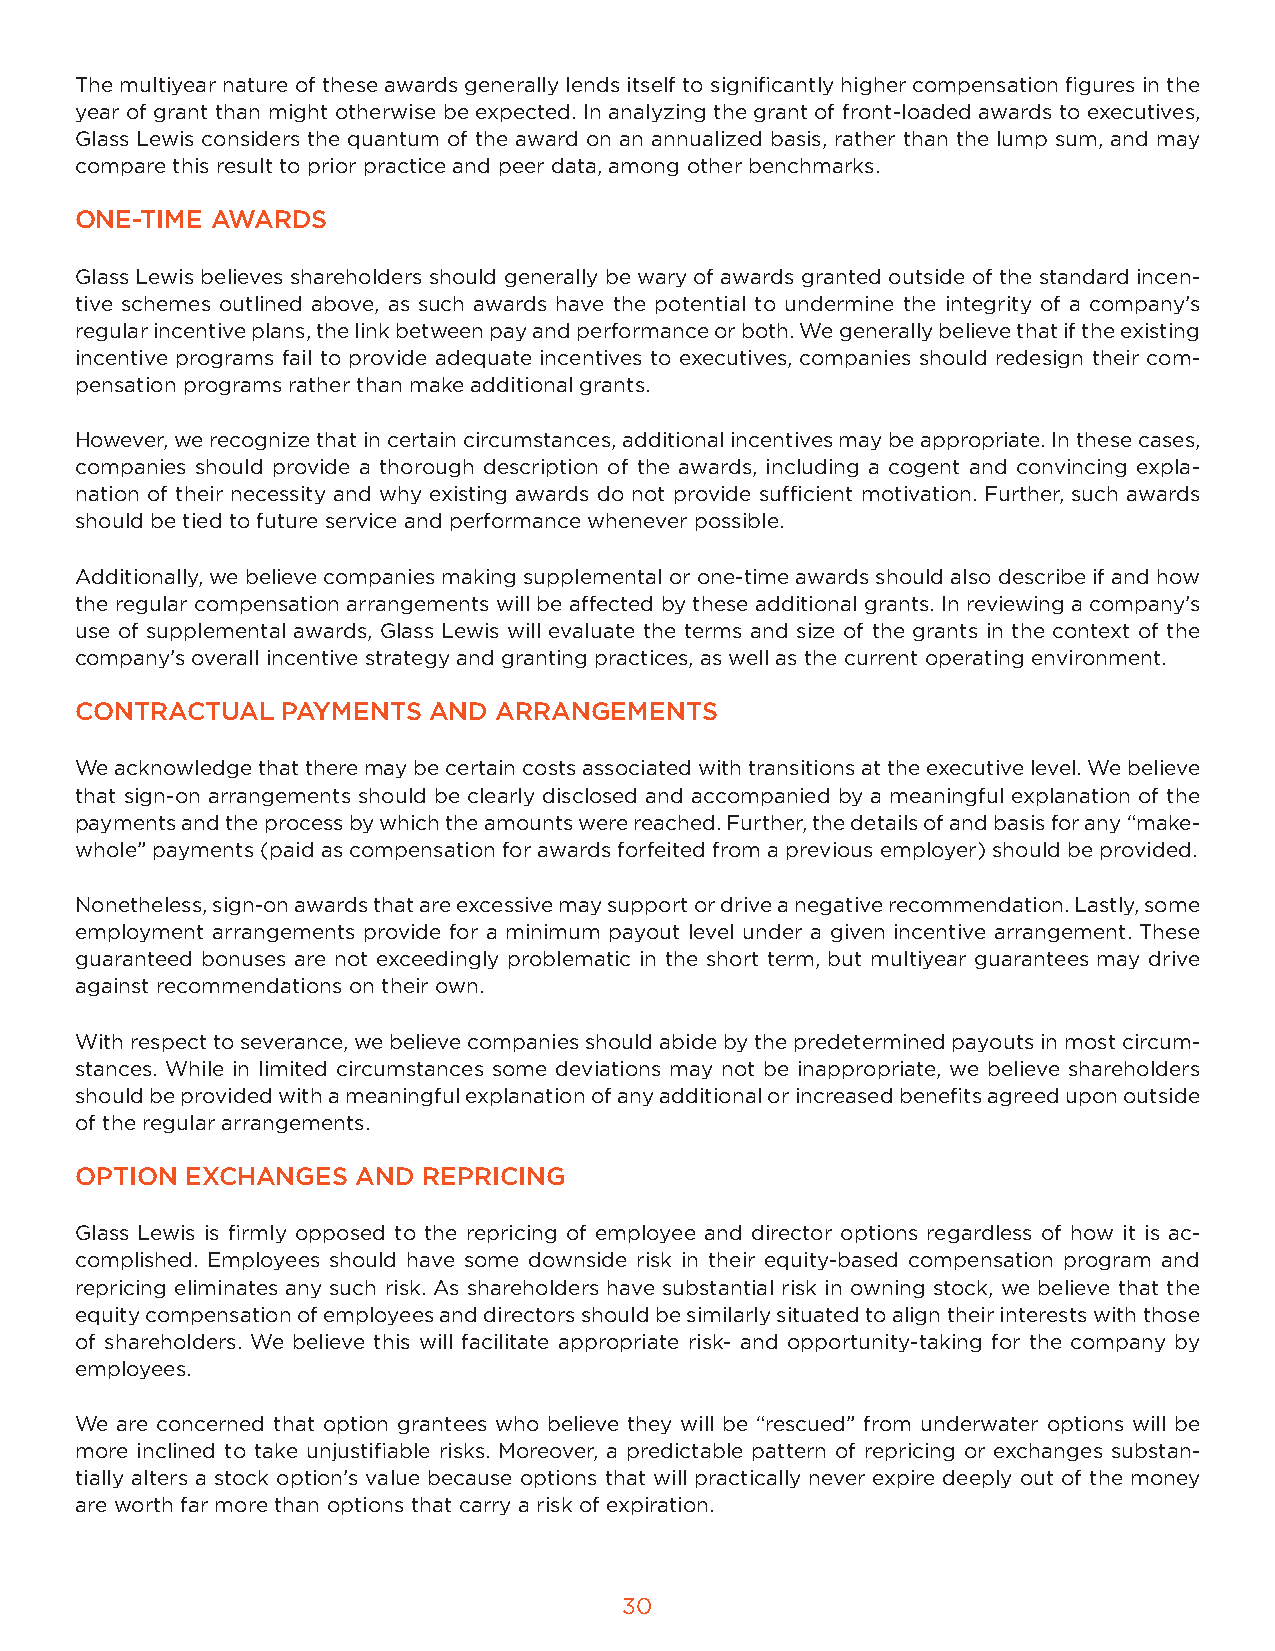
The multiyear nature of these awards generally lends itself to significantly higher compensation figures in the
 year of grant than might otherwise be expected. In analyzing the grant of front-loaded awards to executives,
 Glass Lewis considers the quantum of the award on an annualized basis, rather than the lump sum, and may
 compare this result to prior practice and peer data, among other benchmarks.
 ONE-TIME AWARDS
 Glass Lewis believes shareholders should generally be wary of awards granted outside of the standard incen-
 tive schemes outlined above, as such awards have the potential to undermine the integrity of a company’s
 regular incentive plans, the link between pay and performance or both. We generally believe that if the existing
 incentive programs fail to provide adequate incentives to executives, companies should redesign their com-
 pensation programs rather than make additional grants.
 However, we recognize that in certain circumstances, additional incentives may be appropriate. In these cases,
 companies should provide a thorough description of the awards, including a cogent and convincing expla-
 nation of their necessity and why existing awards do not provide sufficient motivation. Further, such awards
 should be tied to future service and performance whenever possible.
 Additionally, we believe companies making supplemental or one-time awards should also describe if and how
 the regular compensation arrangements will be affected by these additional grants. In reviewing a company’s
 use of supplemental awards, Glass Lewis will evaluate the terms and size of the grants in the context of the
 company’s overall incentive strategy and granting practices, as well as the current operating environment.
 CONTRACTUAL   PAYMENTS AND  ARRANGEMENTS
 We acknowledge that there may be certain costs associated with transitions at the executive level. We believe
 that sign-on arrangements should be clearly disclosed and accompanied by a meaningful explanation of the
 payments and the process by which the amounts were reached. Further, the details of and basis for any “make-
 whole” payments (paid as compensation for awards forfeited from a previous employer) should be provided.
 Nonetheless, sign-on awards that are excessive may support or drive a negative recommendation. Lastly, some
 employment arrangements provide for a minimum payout level under a given incentive arrangement. These
 guaranteed bonuses are not exceedingly problematic in the short term, but multiyear guarantees may drive
 against recommendations on their own.
 With respect to severance, we believe companies should abide by the predetermined payouts in most circum-
 stances. While in limited circumstances some deviations may not be inappropriate, we believe shareholders
 should be provided with a meaningful explanation of any additional or increased benefits agreed upon outside
 of the regular arrangements.
 OPTION EXCHANGES   AND REPRICING
 Glass Lewis is firmly opposed to the repricing of employee and director options regardless of how it is ac-
 complished. Employees should have some downside risk in their equity-based compensation program and
 repricing eliminates any such risk. As shareholders have substantial risk in owning stock, we believe that the
 equity compensation of employees and directors should be similarly situated to align their interests with those
 of shareholders. We believe this will facilitate appropriate risk- and opportunity-taking for the company by
 employees.
 We are concerned that option grantees who believe they will be “rescued” from underwater options will be
 more inclined to take unjustifiable risks. Moreover, a predictable pattern of repricing or exchanges substan-
 tially alters a stock option’s value because options that will practically never expire deeply out of the money
 are worth far more than options that carry a risk of expiration.
 30